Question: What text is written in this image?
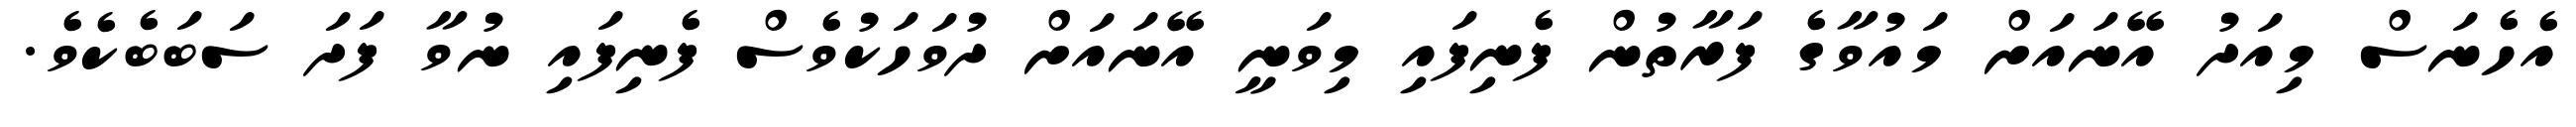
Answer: އެހެނަސް މިއަދު އޭނައަށް މައުވާގެ ފަރާތުން ފެނިފައި މިވަނީ އޭނައަށް ދުވަހަކުވެސް ފެނިފައި ނުވާ ފަދަ ސަބަބެކެވެ.